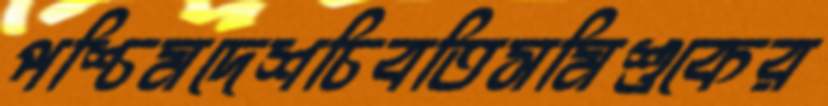
পশ্চিমদেশচিবতিসমিশুকের